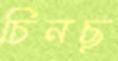
চিনছ